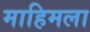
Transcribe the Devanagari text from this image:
माहिमला